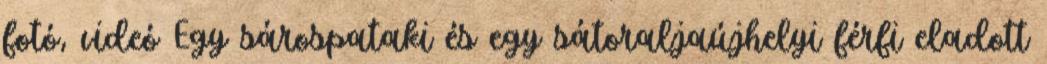
fotó, videó Egy sárospataki és egy sátoraljaújhelyi férfi eladott